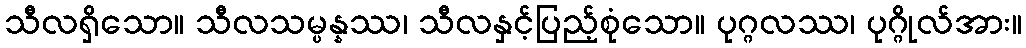
သီလရှိသော။ သီလသမ္ပန္နဿ၊ သီလနှင့်ပြည့်စုံသော။ ပုဂ္ဂလဿ၊ ပုဂ္ဂိုလ်အား။